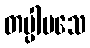
တပ္ပါမသေ